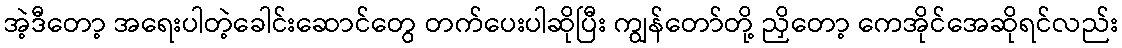
အဲ့ဒီတော့ အရေးပါတဲ့ခေါင်းဆောင်တွေ တက်ပေးပါဆိုပြီး ကျွန်တော်တို့ ညှိတော့ ကေအိုင်အေဆိုရင်လည်း